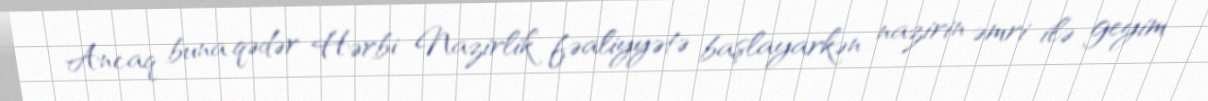
Ancaq buna qədər Hərbi Nazirlik fəaliyyətə başlayarkən nazirin əmri ilə geyim